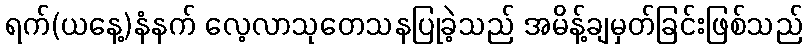
ရက်(ယနေ့)နံနက် လေ့လာသုတေသနပြုခဲ့သည် အမိန့်ချမှတ်ခြင်းဖြစ်သည်